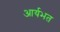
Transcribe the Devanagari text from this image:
आर्यभत